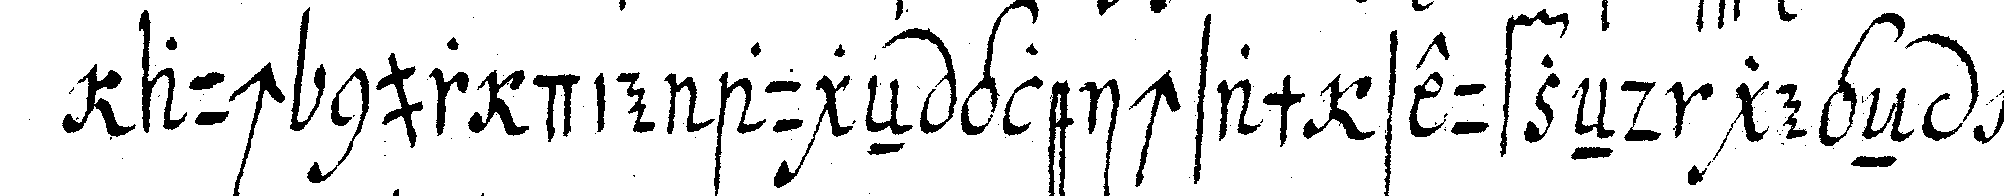
auch nur die augeN gleichsam seufzeNd gegeN